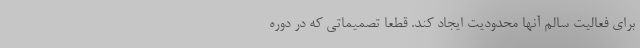
برای فعالیت سالم آنها محدودیت ایجاد کند. قطعاً تصمیماتی که در دوره